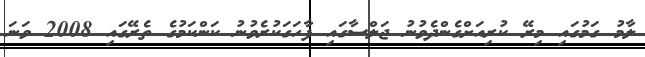
ލާމު ގަމުގައި މިރޭ ކުރިއަށްގެންދެވުނު ޖަލްސާގައި ފާހަގަކުރެވުނު ކަންކަމުގެ ތެރޭގައި 2008 ވަނަ